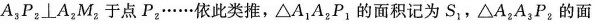
A_{3}P_{2}⊥A_{2}M_{2}于点P_{2}……依此类推，△A_{1}A_{2}P_{1}的面积记为S_{1}，△A_{2}A_{3}P_{2}的面